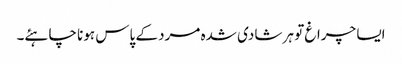
ایسا چراغ تو ہر شادی شدہ مرد کے پاس ہونا چاہئے۔